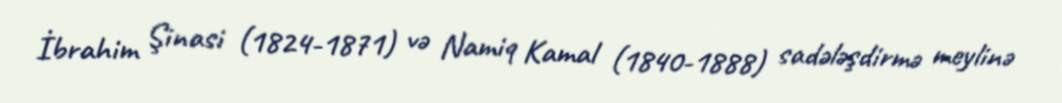
İbrahim Şinasi (1824-1871) və Namiq Kamal (1840-1888) sadələşdirmə meylinə